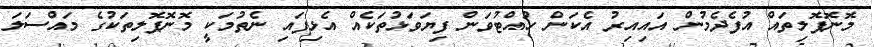
މޮނޮޕޮލިތައް އުފެދެމުން އައިއިރު އެކަން ހުއްޓުވަން ފިޔަވަޅުތަކެއް އެޅިފައި ނެތުމަކީ މޮނޮޕޮލިތަކުގެ މައްސަލަ